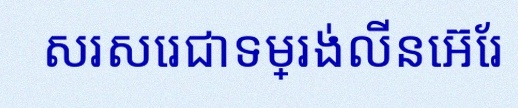
សរសេរជាទម្រង់លីនេអ៊ែរ